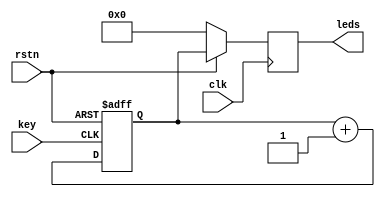
module m0(clk, key, rstn, leds);
  parameter width=8;

  input clk;
  input key;
  input rstn;
  output reg [width-1:0] leds;

  reg [width-1:0] r0;

  initial begin
    leds = 0;
    r0 = 0;
  end

  always @(negedge key, negedge rstn) begin
    if (rstn == 0)
      r0 = {width{1'b0}};
    else
      r0 = r0 + {{width-1{1'b0}}, 1'b1};
  end

  always @(posedge clk) begin
    if (rstn == 0)
      leds <= {width{1'b0}};
    else
      leds <= r0;
  end
endmodule